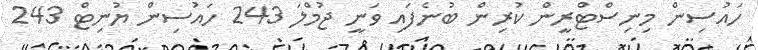
ހައުސިން މިނިސްޓްރީން ކުރިން ބުނެފައި ވަނީ ޖުމްލަ 243 ހައުސިން ޔުނިޓް 243